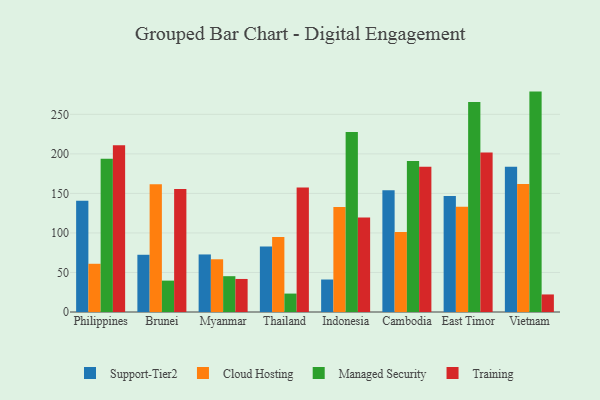
{"axis": {"x": "Country", "y": "Latency (ms)"}, "legend": ["Cloud Hosting", "Managed Security", "Support-Tier2", "Training"], "data": [{"x": "Philippines", "y": 140.8, "type": "Support-Tier2"}, {"x": "Philippines", "y": 61.0, "type": "Cloud Hosting"}, {"x": "Philippines", "y": 194.0, "type": "Managed Security"}, {"x": "Philippines", "y": 211.0, "type": "Training"}, {"x": "Brunei", "y": 72.4, "type": "Support-Tier2"}, {"x": "Brunei", "y": 161.7, "type": "Cloud Hosting"}, {"x": "Brunei", "y": 39.7, "type": "Managed Security"}, {"x": "Brunei", "y": 155.6, "type": "Training"}, {"x": "Myanmar", "y": 72.8, "type": "Support-Tier2"}, {"x": "Myanmar", "y": 66.7, "type": "Cloud Hosting"}, {"x": "Myanmar", "y": 45.3, "type": "Managed Security"}, {"x": "Myanmar", "y": 41.8, "type": "Training"}, {"x": "Thailand", "y": 82.9, "type": "Support-Tier2"}, {"x": "Thailand", "y": 95.0, "type": "Cloud Hosting"}, {"x": "Thailand", "y": 23.3, "type": "Managed Security"}, {"x": "Thailand", "y": 157.5, "type": "Training"}, {"x": "Indonesia", "y": 41.1, "type": "Support-Tier2"}, {"x": "Indonesia", "y": 132.9, "type": "Cloud Hosting"}, {"x": "Indonesia", "y": 227.8, "type": "Managed Security"}, {"x": "Indonesia", "y": 119.5, "type": "Training"}, {"x": "Cambodia", "y": 153.9, "type": "Support-Tier2"}, {"x": "Cambodia", "y": 101.3, "type": "Cloud Hosting"}, {"x": "Cambodia", "y": 191.0, "type": "Managed Security"}, {"x": "Cambodia", "y": 183.7, "type": "Training"}, {"x": "East Timor", "y": 146.8, "type": "Support-Tier2"}, {"x": "East Timor", "y": 133.1, "type": "Cloud Hosting"}, {"x": "East Timor", "y": 265.6, "type": "Managed Security"}, {"x": "East Timor", "y": 201.9, "type": "Training"}, {"x": "Vietnam", "y": 183.7, "type": "Support-Tier2"}, {"x": "Vietnam", "y": 161.9, "type": "Cloud Hosting"}, {"x": "Vietnam", "y": 278.8, "type": "Managed Security"}, {"x": "Vietnam", "y": 22.2, "type": "Training"}]}